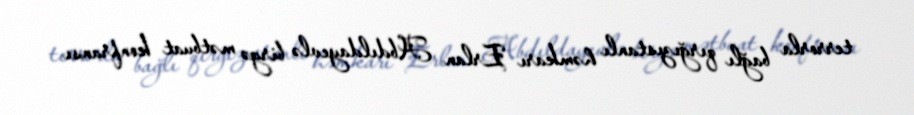
terrorla bağlı qırğızıstanlı həmkarı Erlan Abdıldayevlə birgə mətbuat konfransı